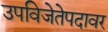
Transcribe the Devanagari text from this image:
उपविजेतेपदावर